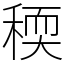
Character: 稬